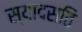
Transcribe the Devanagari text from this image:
स्यादसति